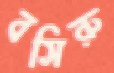
বসিরু